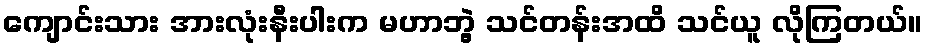
ကျောင်းသား အားလုံးနီးပါးက မဟာဘွဲ့ သင်တန်းအထိ သင်ယူ လိုကြတယ်။